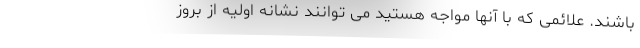
باشند. علائمی که با آنها مواجه هستید می توانند نشانه اولیه از بروز